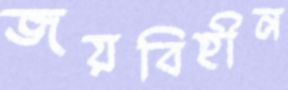
জয়বিহীন